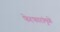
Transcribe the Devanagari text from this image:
फेरफारांमुळे